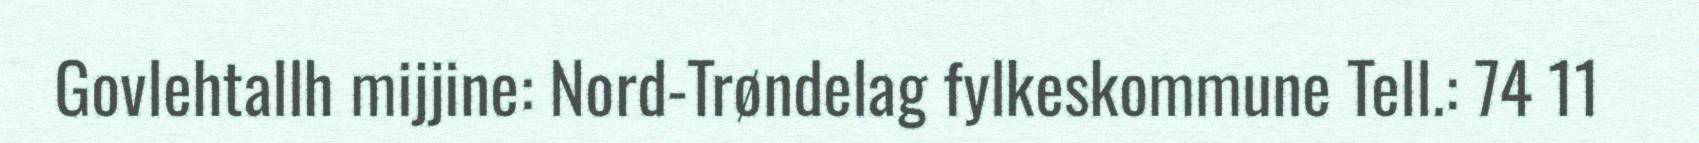
Govlehtallh mijjine: Nord-Trøndelag fylkeskommune Tell.: 74 11